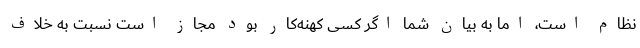
نظام است، اما به بیان شما اگر کسی کهنه‌کار بود مجاز است نسبت به خلاف